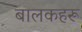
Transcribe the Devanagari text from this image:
बालकहरू